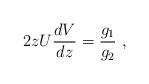
LaTeX: \begin{align*}2zU{dV\over dz}={g_1\over g_2}~,\end{align*}